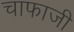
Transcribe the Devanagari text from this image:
चाफाजी